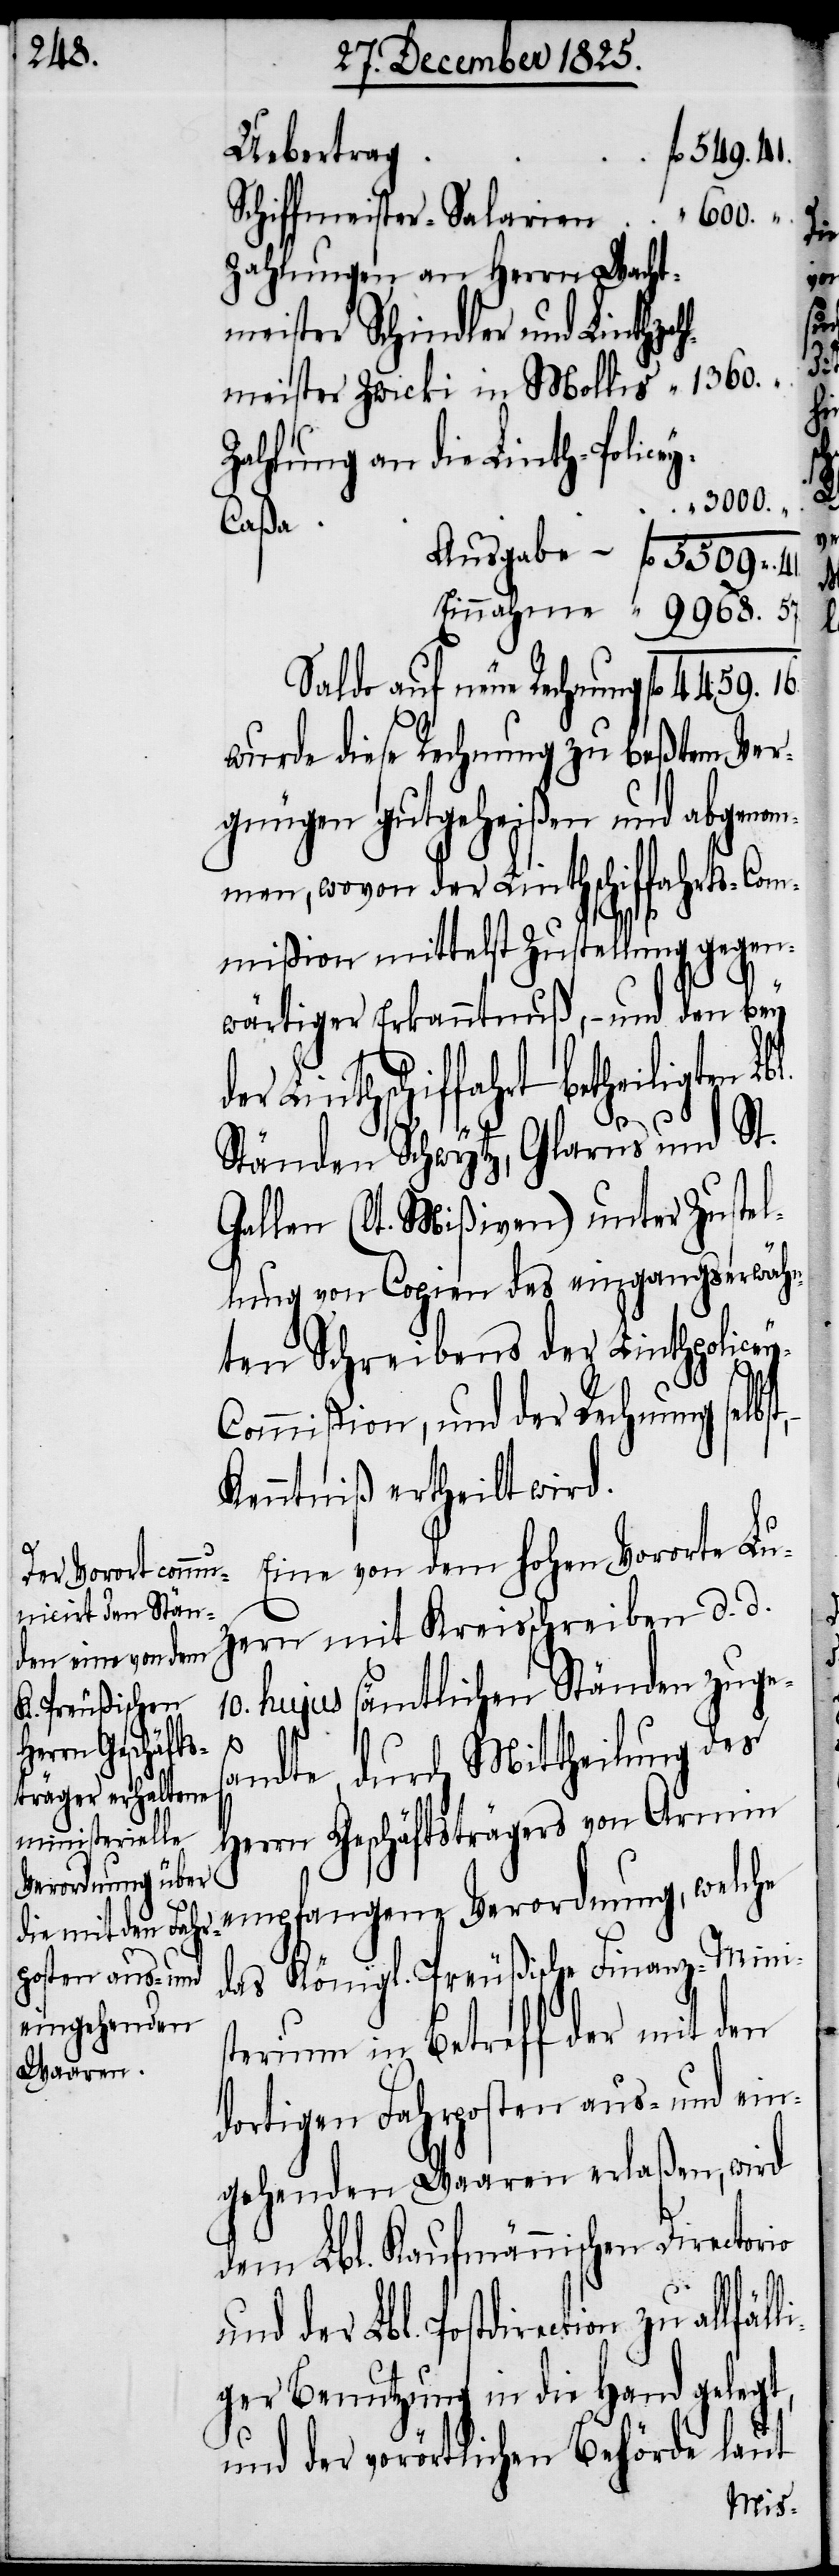
4459.

5509. 41.
–
Schiffmeister-Salarien
Zahlungen an Herrn Wach¬
meister Schindler und Linthzah¬
lmeister Zwicki in Mollis
Zahlung an die Linth-Police¬
3000.
Saldo auf neue Rechnung
wurde diese Rechnung zu beßtem Ver¬
gnügen gutgeheißen und abgeno¬
mmen, wovon der Linthschiffahrts-Com¬
mißion mittelst Zustellung gegen¬
wärtiger Erkanntnuß, – und den bey
Postdirection zu allfälli¬
Ständen Schwytz, Glarus und St.
Gallen (lt. Mißiven) unter Zustel¬
lung von Copien des eingangserwähn¬
ten Schreibens der Linthpolice¬
ommißion, und der Rechnung selbs¬
Kenntniß ertheilt wird.
Eine von dem hohen Vororte Lu¬
zern mit Kreisschreiben d. d.
10. hujus sämtlichen Ständen zuges¬
t,
andte, durch Mittheilung des
Herrn Geschäftsträgers von Armin
empfangene Verordnung, welche
das Königl. Preußische Finanz-Minis¬
terium in Betreff der mit den
dortigen Fahrposten aus- und ein¬
gehenden Waaren erlaßen, wird
ger Benutzung in die Hand gelegt,
und der vorörtlichen Behörde laut